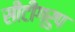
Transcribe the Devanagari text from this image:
सीटीग्रुप